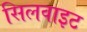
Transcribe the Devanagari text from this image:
सिलवाइट